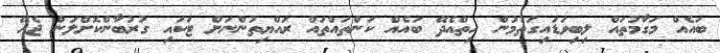
ބައެއް މަގާމުތައް ލިބިވަޑައިގަތުމުން ހިތްއެދޭ ބައެއް ކަންތައްތައް ރައްޔިތުންނަށް ޓަކައި ގުރުބާންކޮށްލަން ޖެހޭ